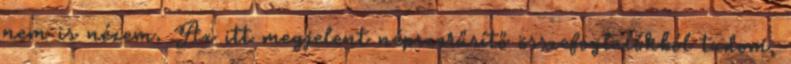
nem is nézem. Az itt megjelent népszerűsítő összefoglalókból tudom,